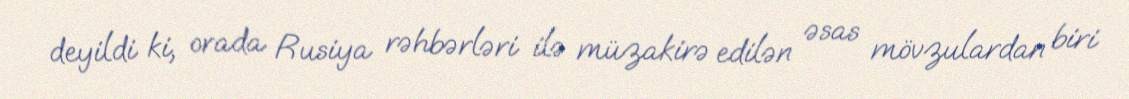
deyildi ki, orada Rusiya rəhbərləri ilə müzakirə edilən əsas mövzulardan biri